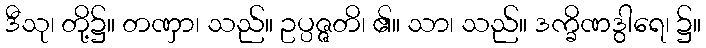
ဒီသု၊ တို့၌။ တဏှာ၊ သည်။ ဥပ္ပဇ္ဇတိ၊ ၏။ သာ၊ သည်။ ဒက္ခိဏဒွါရေ၊ ၌။